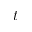
t